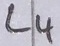
Text: L4